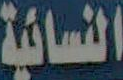
النسائية